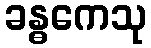
ခန္ဓကေသု